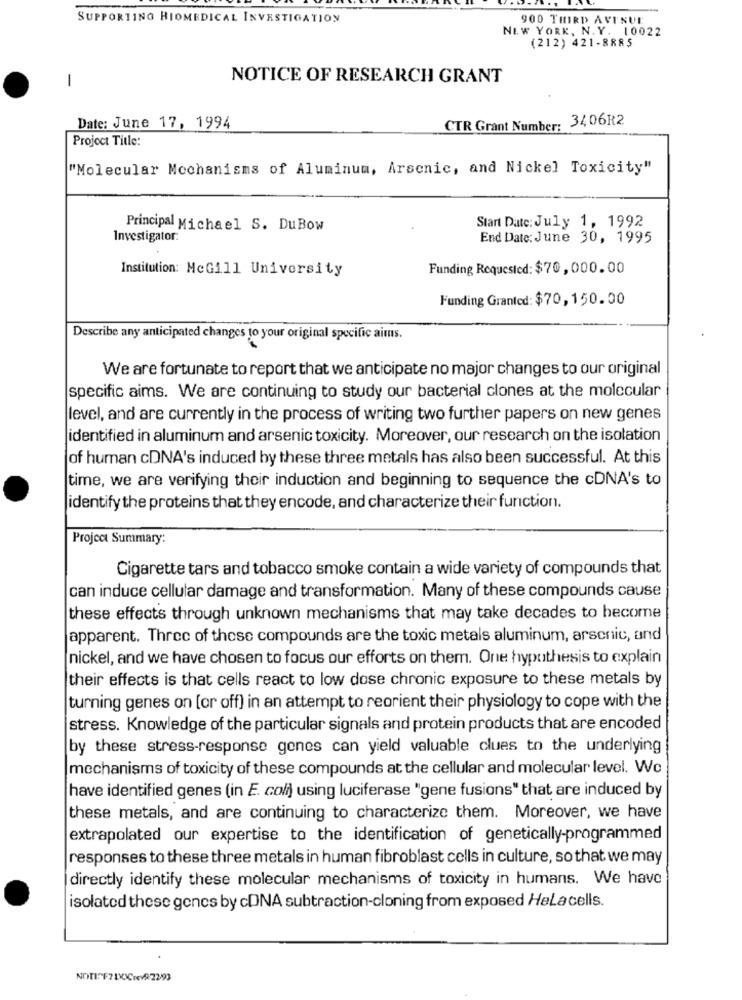
SUPPORTING HIOMEDICAL INVESTIGATION
900 THIRD AVENUE
NEW YORK, N. Y. 10022
(212) 421-8885
NOTICE OF RESEARCH GRANT
-
CTR Grant Number: 3406R2
Date: June 17, 1994
Project Title:
"Molecular Mechanisms of Aluminum, Arsenic, and Nickel Toxicity"
Principal Michael S. DuBow
Start Date: July 1, 1992
Investigator:
End Date: June 30, 1995
Institution: McGill University
Funding Requested: $70, 000.00
Funding Granted: $70, 150.00
Describe any anticipated changes to your original specific aims.
We are fortunate to report that we anticipate no major changes to our original
specific aims. We are continuing to study our bacterial clones at the molecular
level, and are currently in the process of writing two further papers on new genes
identified in aluminum and arsenic toxicity. Moreover, our research on the isolation
of human cDNA's induced by these three metals has also been successful. At this
time, we are verifying their induction and beginning to sequence the cDNA's to
identify the proteins that they encode, and characterize their function.
Project Summary:
Cigarette tars and tobacco smoke contain a wide variety of compounds that
can induce cellular damage and transformation. Many of these compounds cause
these effects through unknown mechanisms that may take decades to become
apparent. Three of these compounds are the toxic metals aluminum, arsenic, and
nickel, and we have chosen to focus our efforts on them. One hypothesis to explain
their effects is that cells react to low dose chronic exposure to these metals by
turning genes on [or off) in an attempt to reorient their physiology to cope with the
stress. Knowledge of the particular signals and protein products that are encoded
by these stress-response genes can yield valuable clues to the underlying
mechanisms of toxicity of these compounds at the cellular and molecular level. We
have identified genes (in E. coli) using luciferase "gene fusions" that are induced by
these metals, and are continuing to characterize them. Moreover, we have
extrapolated our expertise to the identification of genetically-programmed
responses to these three metals in human fibroblast cells in culture, so that we may
directly identify these molecular mechanisms of toxicity in humans. We have
isolated these genes by cDNA subtraction-cloning from exposed Helacells.